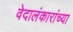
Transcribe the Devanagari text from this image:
वेदालंकारांच्या